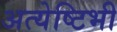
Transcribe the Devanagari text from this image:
अत्येष्टिभी